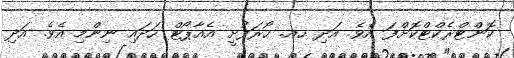
ކޮންޓްރެކްޓްކޮށްފަ އެވެ. އަދި ހއ. ހޯރަފުށީ އެއާޕޯޓް ހަދައި ނިންމި އެވެ. އަދި